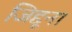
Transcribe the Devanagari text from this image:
जिद्दूंना